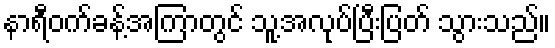
နာရီဝက်ခန့်အကြာတွင် သူ့အလုပ်ပြီးပြတ် သွားသည်။